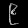
Digit: ၉